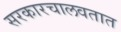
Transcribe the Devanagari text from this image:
सरकारचालवतात